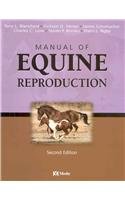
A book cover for Manual of Equine Reproduction - Text and VETERINARY CONSULT Package, 2e; Terry L. Blanchard DVM  MS  Dipl ACT; Medical Books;